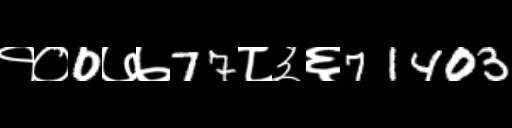
Text: १०0७७77८३६71403